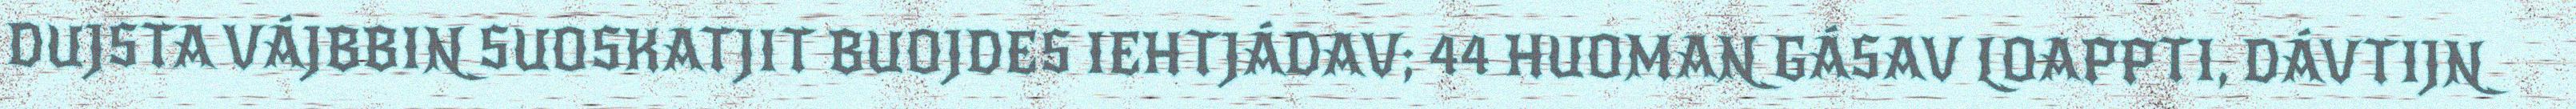
DUJSTA VÁJBBIN SUOSKATJIT BUOJDES IEHTJÁDAV; 44 HUOMAN GÁSAV LOAPPTI, DÁVTIJN